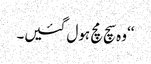
‘‘وہ سچ مچ ہول گئیں۔